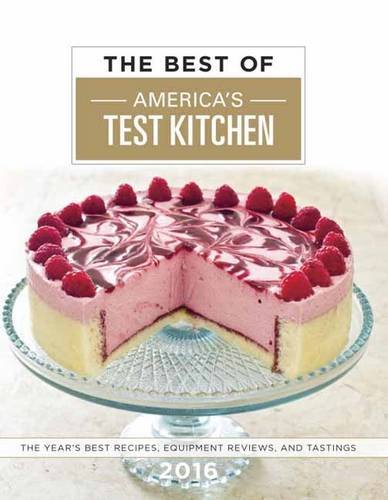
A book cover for The Best of America's Test Kitchen 2016: The Year's Best Recipes, Equipment Reviews, and Tastings; Cookbooks, Food & Wine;